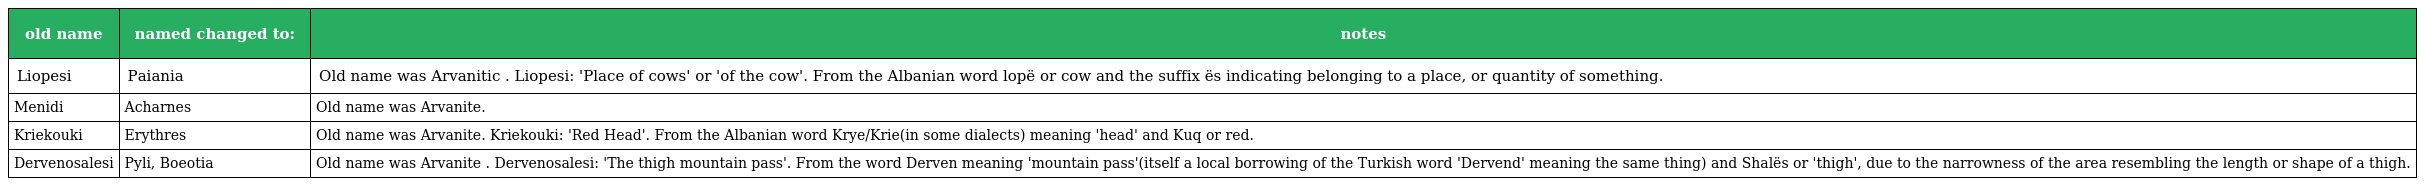
| old name | named changed to: | notes |
 | --- | --- | --- |
 | Liopesi | Paiania | Old name was Arvanitic . Liopesi: 'Place of cows' or 'of the cow'. From the Albanian word lopë or cow and the suffix ës indicating belonging to a place, or quantity of something. |
 | Menidi | Acharnes | Old name was Arvanite. |
 | Kriekouki | Erythres | Old name was Arvanite. Kriekouki: 'Red Head'. From the Albanian word Krye/Krie(in some dialects) meaning 'head' and Kuq or red. |
 | Dervenosalesi | Pyli, Boeotia | Old name was Arvanite . Dervenosalesi: 'The thigh mountain pass'. From the word Derven meaning 'mountain pass'(itself a local borrowing of the Turkish word 'Dervend' meaning the same thing) and Shalës or 'thigh', due to the narrowness of the area resembling the length or shape of a thigh. |